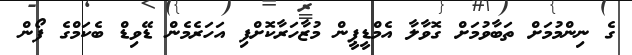
ގެ ނިންމުމަށް ތަބާވުމަށް ގޮވާލާ އެމްޑީޕީން މުޒާހަރާކޮށްފި އަހަރެމެން ޑޭވިޑް ބެކަމްގެ ފޯން